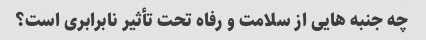
چه جنبه هایی از سلامت و رفاه تحت تأثیر نابرابری است؟